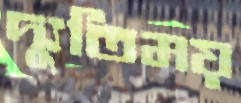
দ্যুতিময়